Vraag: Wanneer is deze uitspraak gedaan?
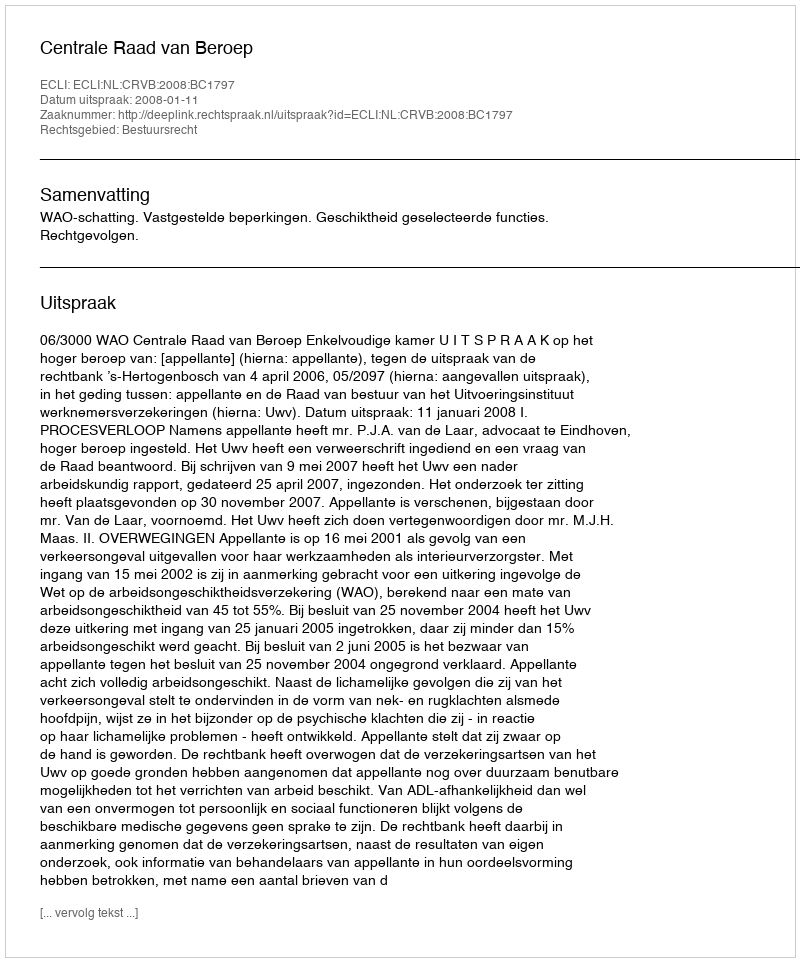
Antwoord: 2008-01-11